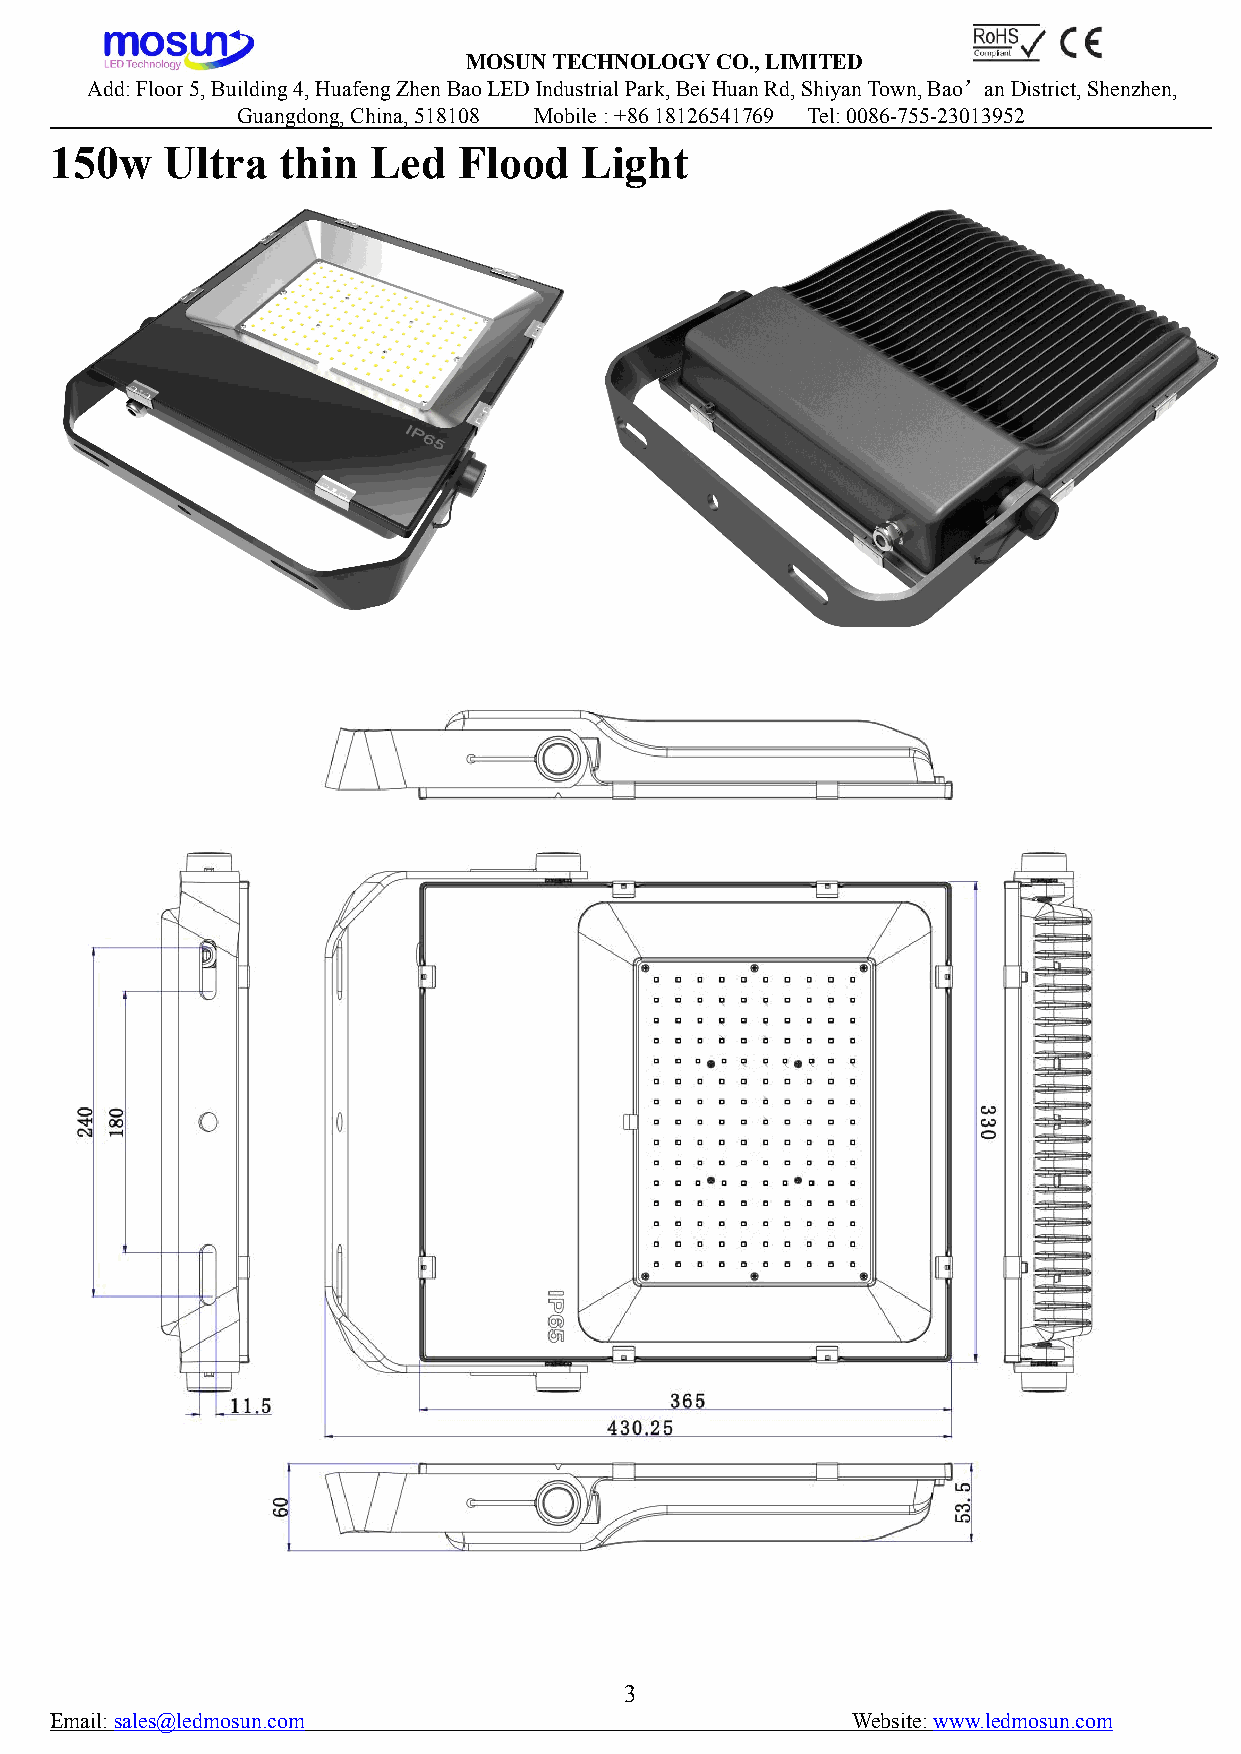
MOSUNTECHNOLOGYCO.,LIMITED
 Add:Floor5,Building4,HuafengZhenBaoLEDIndustrialPark,BeiHuanRd,ShiyanTown,Bao’anDistrict,Shenzhen,
 Guangdong,China,518108 Mobile:+8618126541769 Tel:0086-755-23013952
 150w    Ultra  thin  Led   Flood   Light
 3
 Email:sales@ledmosun.com                             Website:www.ledmosun.com